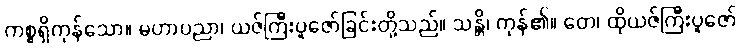
ကစ္စရှိကုန်သော။ မဟာပညာ၊ ယဇ်ကြီးပူဇော်ခြင်းတို့သည်။ သန္တိ၊ ကုန်၏။ တေ၊ ထိုယဇ်ကြီးပူဇော်